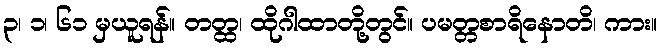
၃၊ ၁၊ ၆၁ မှယူရန်။ တတ္ထ၊ ထိုဂါထာတို့တွင်။ ပမတ္တစာရိနောတိ၊ ကား။